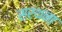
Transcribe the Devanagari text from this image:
सरथना